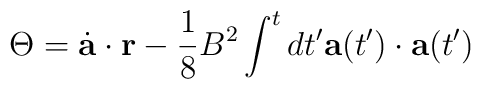
\Theta = \dot{\bf a} \cdot {\bf r} - {1 \over 8} B^2 \int^t d t^{\prime}{\bf a}(t^{\prime}) \cdot {\bf a}(t^{\prime})